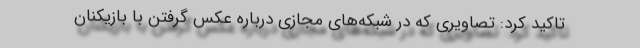
تاکید کرد: تصاویری که در شبکه‌های مجازی درباره عکس گرفتن با بازیکنان